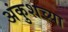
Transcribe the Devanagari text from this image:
अंकुशच्या